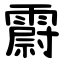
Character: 霨